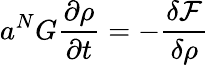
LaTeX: a^{N}G\frac{\partial\rho}{\partial t}=-\frac{\delta\mathcal{F}}{\delta\rho}